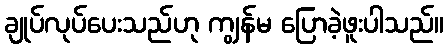
ချုပ်လုပ်ပေးသည်ဟု ကျွန်မ ပြောခဲ့ဖူးပါသည်။